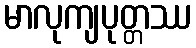
မာလုကျပုတ္တဿ